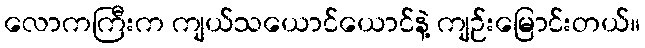
လောကကြီးက ကျယ်သယောင်ယောင်နဲ့ ကျဉ်းမြောင်းတယ်။